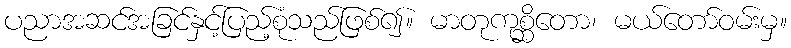
ပညာအဆင်အခြင်နှင့်ပြည့်စုံသည်ဖြစ်၍။ မာတုကုစ္ဆိတော၊ မယ်တော်ဝမ်းမှ။